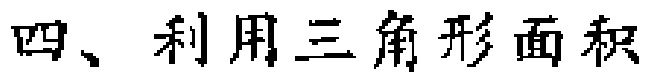
四、利用三角形面积